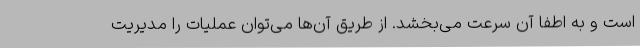
است و به اطفا آن سرعت می‌بخشد. از طریق آن‌ها می‌توان عملیات را مدیریت